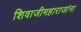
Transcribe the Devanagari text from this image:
शिवाजीमहाराजांना